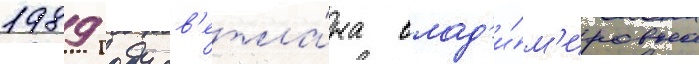
1989 году св'етла́на влад'и́м'ировна